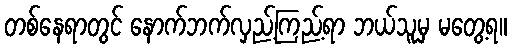
တစ်နေရာတွင် နောက်ဘက်လှည့်ကြည့်ရာ ဘယ်သူမှ မတွေ့ရ။